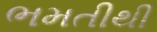
ભમતીથી